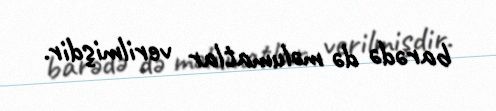
barədə də məlumatlar verilmişdir.